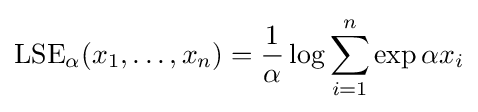
\mathrm {LSE} _{\alpha }(x_{1},\ldots ,x_{n})={\frac {1}{\alpha }}\log \sum _{i=1}^{n}\exp \alpha x_{i}